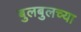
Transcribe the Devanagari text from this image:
बुलबुलच्या